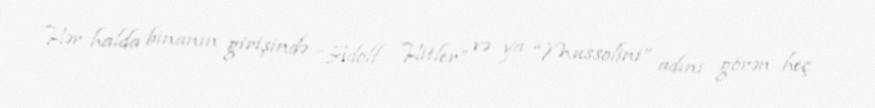
Hər halda binanın girişində “Adolf Hitler” və ya “Mussolini” adını görən heç